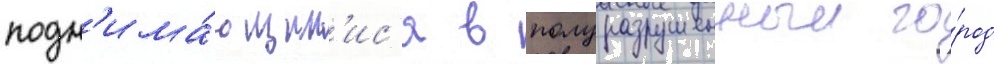
подн'има́ющим'ис'я в полуразрушенныи го́род